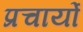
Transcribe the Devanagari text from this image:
प्रचार्यो